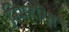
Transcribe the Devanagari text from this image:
निमहरित